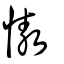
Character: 慠